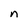
Character: n